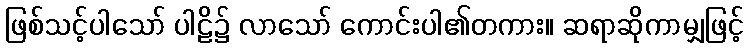
ဖြစ်သင့်ပါသော် ပါဠိ၌ လာသော် ကောင်းပါ၏တကား။ ဆရာဆိုကာမျှဖြင့်